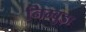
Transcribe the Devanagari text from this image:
निम्बुड़ा